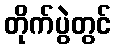
တိုက်ပွဲတွင်